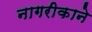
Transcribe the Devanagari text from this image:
नागरीकाने